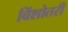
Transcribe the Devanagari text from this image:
विंशोतरी